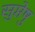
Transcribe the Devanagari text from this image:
सुप्तेषु